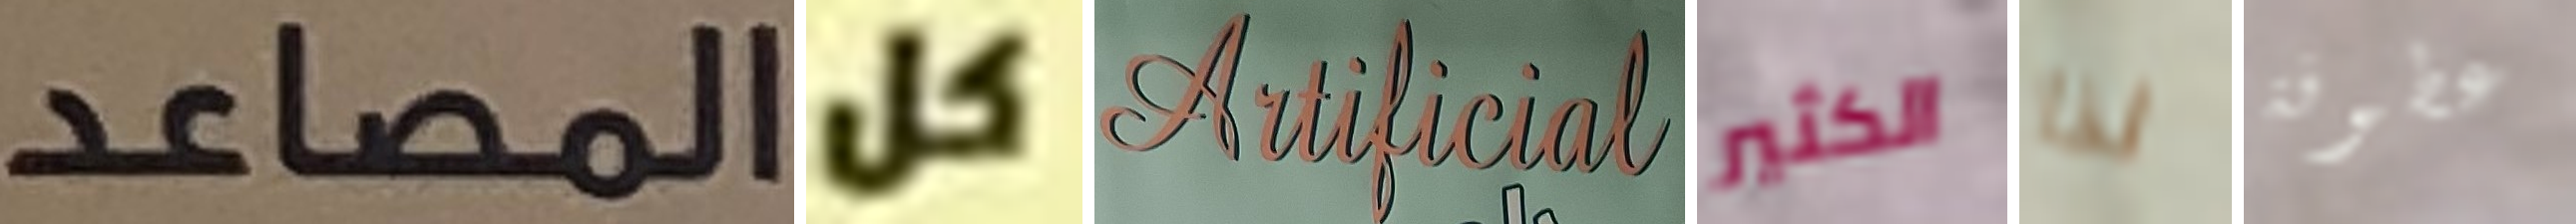
المصاعد كل Artificial الكثير لذا عطوفة